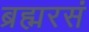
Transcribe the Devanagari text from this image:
ब्रह्मरसं